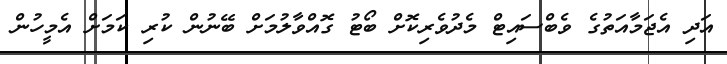
އަދި އެޖަމާއަތުގެ ވެބްސައިޓް މެދުވެރިކޮށް ބޯޓު ގޮއްވާލުމަށް ބޭނުން ކުރި ކަމަށް އެމީހުން